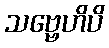
သဗ္ဗေဟိပိ